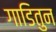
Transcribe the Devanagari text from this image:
गाडितुन